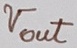
Text: Vout